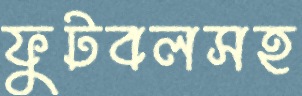
ফুটবলসহ